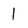
Character: 1